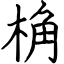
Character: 桷